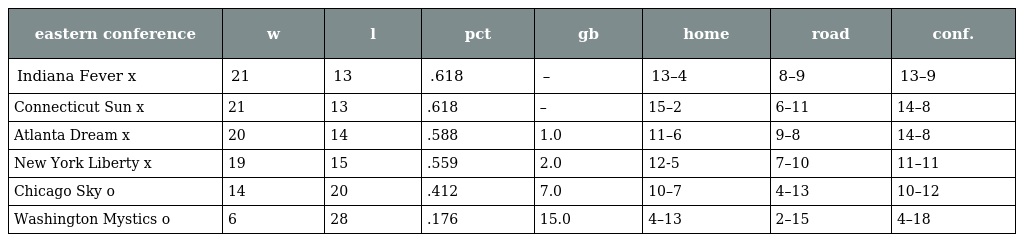
| eastern conference | w | l | pct | gb | home | road | conf. |
 | --- | --- | --- | --- | --- | --- | --- | --- |
 | Indiana Fever x | 21 | 13 | .618 | – | 13–4 | 8–9 | 13–9 |
 | Connecticut Sun x | 21 | 13 | .618 | – | 15–2 | 6–11 | 14–8 |
 | Atlanta Dream x | 20 | 14 | .588 | 1.0 | 11–6 | 9–8 | 14–8 |
 | New York Liberty x | 19 | 15 | .559 | 2.0 | 12-5 | 7–10 | 11–11 |
 | Chicago Sky o | 14 | 20 | .412 | 7.0 | 10–7 | 4–13 | 10–12 |
 | Washington Mystics o | 6 | 28 | .176 | 15.0 | 4–13 | 2–15 | 4–18 |